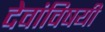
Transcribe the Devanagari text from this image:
देवांविषयी